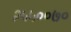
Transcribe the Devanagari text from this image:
२५५००७०